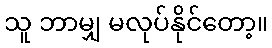
သူ ဘာမျှ မလုပ်နိုင်တော့။